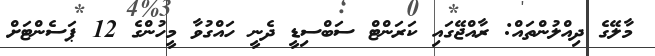
މާލޭގެ ދިއްލުންތައް: ރާއްޖޭގައި ކަރަންޓް ސަބްސިޑީ ދެނީ ހައްގުވާ މީހުންގެ 12 ޕަސެންޓަށް